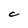
Character: C